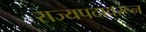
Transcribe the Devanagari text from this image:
राज्यपदावरून